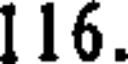
1 16.